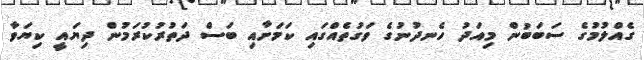
ގެއްލުމުގެ ސަބަބުން މިއަދު ހެނދުނުގެ ވަގުތެއްގައި ކަމަށާއި ބަސް ދަތުރުކުރަމުން ދިޔައީ ކިޔަވާ